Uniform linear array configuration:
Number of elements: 16
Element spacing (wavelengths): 0.25
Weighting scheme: cosine
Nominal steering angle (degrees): -15
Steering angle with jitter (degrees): -16.612
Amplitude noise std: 0.05
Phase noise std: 0.05

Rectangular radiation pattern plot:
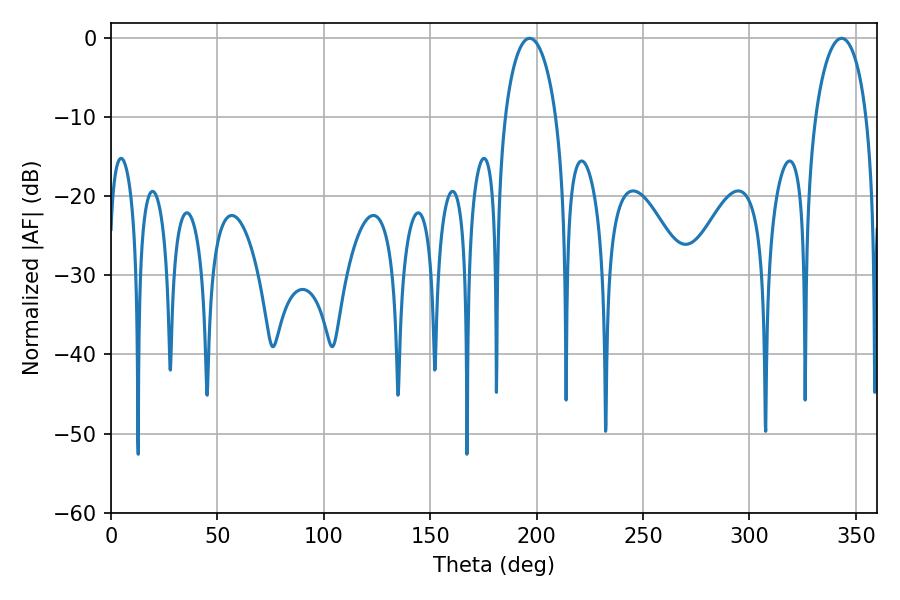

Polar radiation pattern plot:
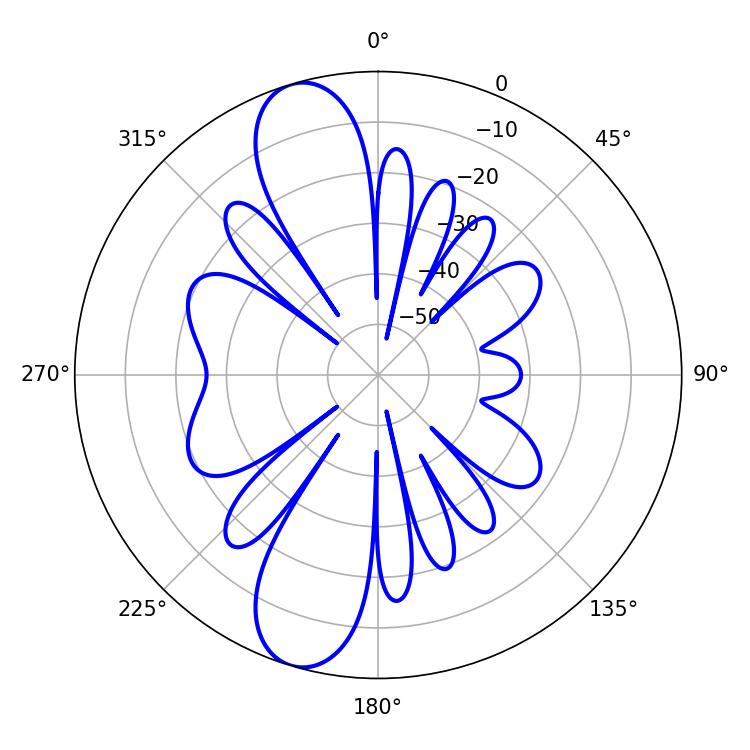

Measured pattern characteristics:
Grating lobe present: FALSE
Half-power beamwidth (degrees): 13.86
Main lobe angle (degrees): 196.74